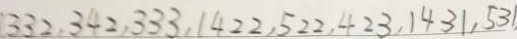
3 3 2 , 3 4 2 , 3 3 3 , 1 4 2 2 , 5 2 2 , 4 2 3 , 1 4 3 1 , 5 3 1